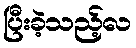
ပြီးခဲ့သည့်လ